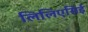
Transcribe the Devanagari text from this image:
लिलिएसिई